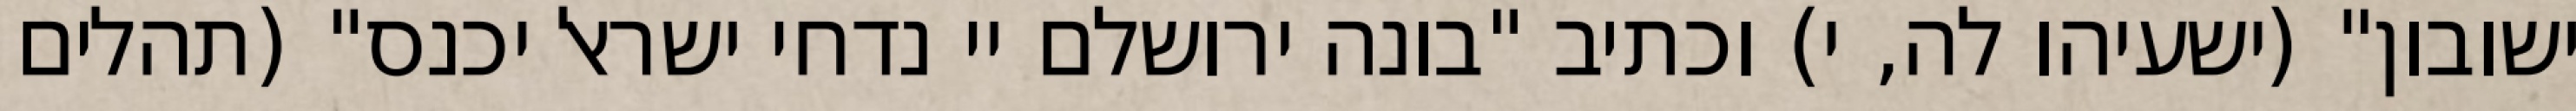
ישובון" (ישעיהו לה, י) וכתיב "בונה ירושלם יי נדחי ישראל יכנס" (תהלים